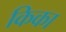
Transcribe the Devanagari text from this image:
किका